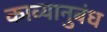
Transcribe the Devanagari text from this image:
काव्यानुबंध